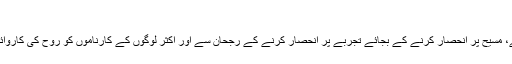
1963) نے کہا،
یہ شدید شرمناک نمائش کے نتیجے میں ہوا ہے، مسیح پر انحصار کرنے کے بجائے تجربے پر انحصار کرنے کے رُجحان سے اور اکثر لوگوں کے کارناموں کو روح کی کاروائیوں سے الگ نہ کر سکنے کی اہلیت سے (اے۔